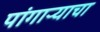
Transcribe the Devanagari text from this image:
पांगाऱ्याचा